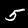
Digit: 5